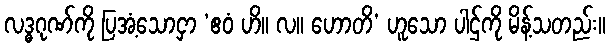
လဒ္ဓဂုဏ်ကို ပြအံ့သောငှာ ‘ဧဝံ ဟိ။ လ။ ဟောတိ’ ဟူသော ပါဌ်ကို မိန့်သတည်း။